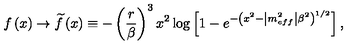
f \left( x \right) \rightarrow \widetilde { f } \left( x \right) \equiv - \left( \frac { r } { \beta } \right) ^ { 3 } x ^ { 2 } \log \left[ 1 - e ^ { - \left( x ^ { 2 } - \left| m _ { e f f } ^ { 2 } \right| \beta ^ { 2 } \right) ^ { 1 / 2 } } \right] ,